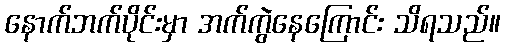
နောက်ဘက်ပိုင်းမှာ အက်ကွဲနေကြောင်း သိရသည်။